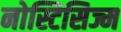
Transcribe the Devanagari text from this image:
नोस्टिसिज्म